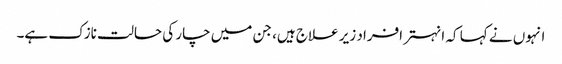
انہوں نے کہا کہ انہتر افراد زیر علاج ہیں، جن میں چار کی حالت نازک ہے۔